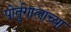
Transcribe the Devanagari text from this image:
पोर्तुगालाच्या